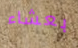
بعشاء